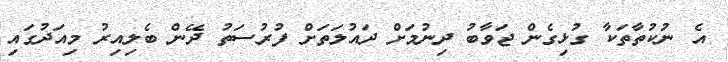
އެ ނުކުތާތަކާ ގުޅިގެން ޖަވާބު ދިނުމަށް ދައުލަތަށް ފުރުސަތު ދޭން ބެލިއިރު މިއަދުގައި